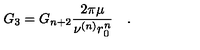
G _ { 3 } = G _ { n + 2 } \frac { 2 \pi \mu } { \nu ^ { ( n ) } r _ { 0 } ^ { n } } \quad .